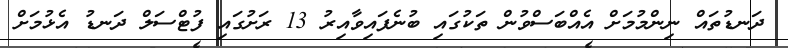
ދަނޑުތައް ނިންމުމަށް އެއްބަސްވުން ތަކުގައި ބުނެފައިވާއިރު 13 ރަށުގައި ފުޓްސަލް ދަނޑު އެޅުމަށް